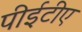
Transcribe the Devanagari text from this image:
पीईटीए